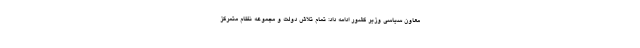
معاون سیاسی وزیر کشور ادامه داد: تمام تلاش دولت و مجموعه نظام متمرکز